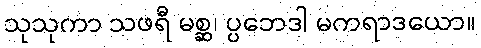
သုသုကာ သဖရီ မစ္ဆ၊ ပ္ပဘေဒါ မကရာဒယော။